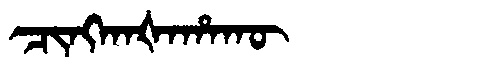
Manchu: ᠴᡳᠩᡴᠠᡧᠠᡥᠠᡴᡡ
Romanization: CINGKAŠAHAKŪ